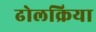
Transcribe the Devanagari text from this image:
ढोलक्रिया